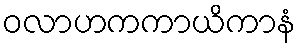
ဝလာဟကကာယိကာနံ